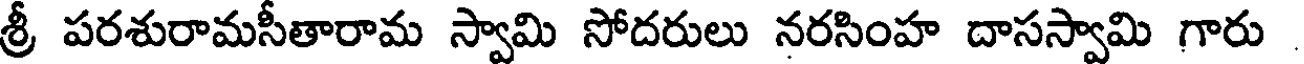
శ్రీ పరశురామసీతారామ స్వామి సోదరులు నరసింహ దాసస్వామి గారు